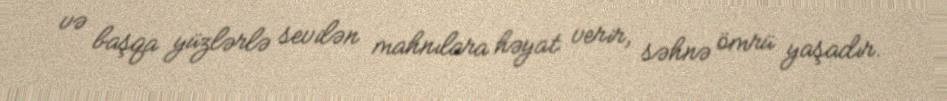
və başqa yüzlərlə sevilən mahnılara həyat verir, səhnə ömrü yaşadır.